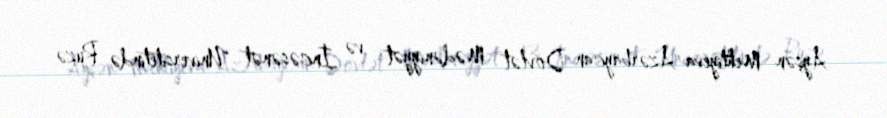
Ayşən Mehtiyeva Azərbaycan Dövlət Mədəniyyət və İncəsənət Universitetində Ruzə